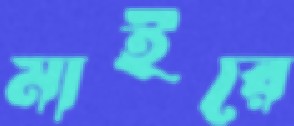
মাইরে